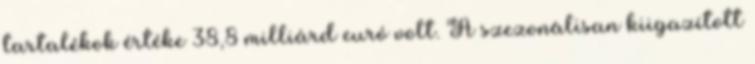
tartalékok értéke 38,8 milliárd euró volt. A szezonálisan kiigazított